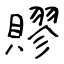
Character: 賿